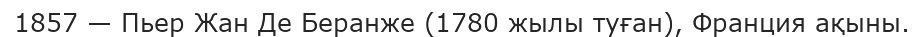
1857 — Пьер Жан Де Беранже (1780 жылы туған), Франция ақыны.